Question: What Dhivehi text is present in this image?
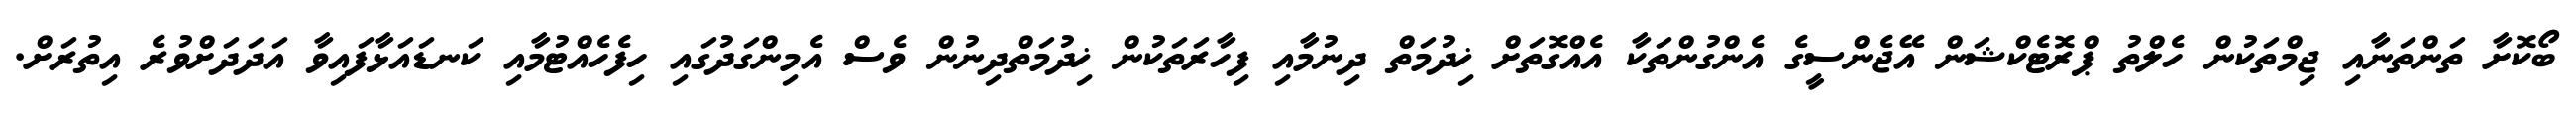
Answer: ބޯކޮށާ ތަންތަނާއި ޖިމްތަކުން ހެލްތު ޕްރޮޓެކްޝަން އޭޖެންސީގެ އެންގުންތަކާ އެއްގޮތަށް ޚިދުމަތް ދިނުމާއި ފިހާރަތަކުން ޚިދުމަތްދިނުން ވެސް އެމިންގަދުގައި ހިފެހެއްޓުމާއި ކަނޑައަޅާފައިވާ އަދަދަށްވުރެ އިތުރަށް.